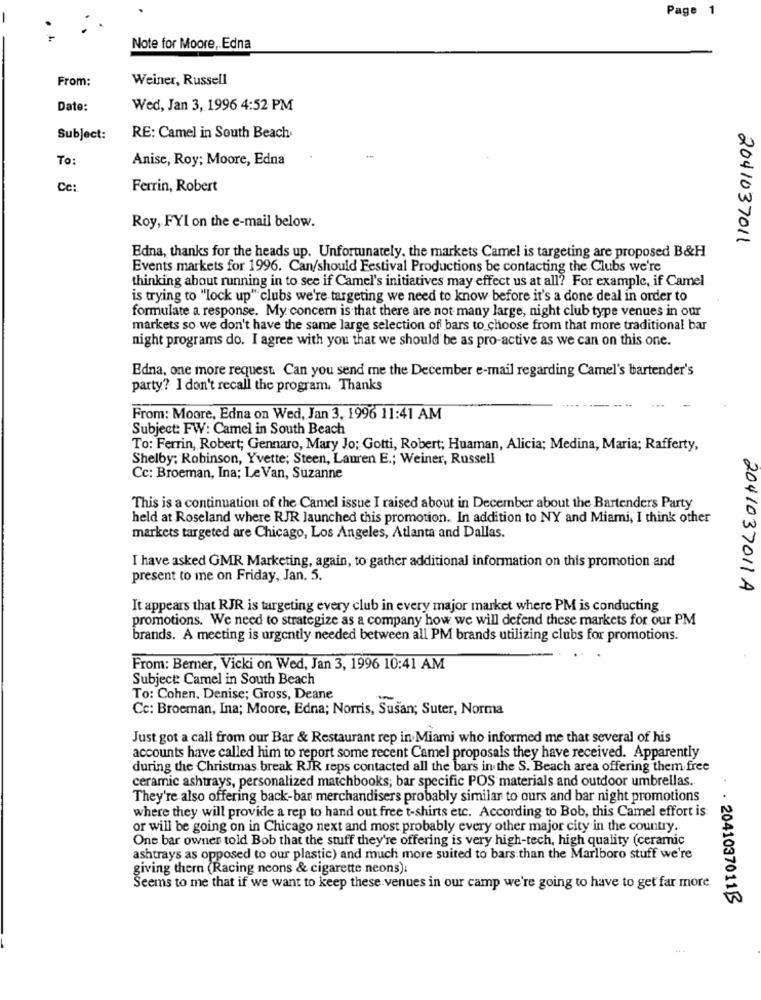
Page 1
Note for Moore, Edna
From:
Weiner, Russell
Date:
Wed, Jan 3, 1996 4:52 PM
Subject:
RE: Camel in South Beach
To:
Anise, Roy; Moore, Edna
Cc:
Ferrin, Robert
Roy, FYI on the e-mail below.
2041037011
Edna, thanks for the heads up. Unfortunately, the markets Camel is targeting are proposed B&H
Events markets for 1996. Can/should Festival Productions be contacting the Clubs we're
thinking about running in to see if Camel's initiatives may effect us at all? For example, if Camel
is trying to "lock up" clubs we're targeting we need to know before it's a done deal in order to
formulate a response. My concern is that there are not many large, night club type venues in our
markets so we don't have the same large selection of bars to choose from that more traditional bar
night programs do. I agree with you that we should be as pro-active as we can on this one.
Edna, one more request. Can you send me the December e-mail regarding Camel's bartender's
party? I don't recall the program. Thanks
From: Moore, Edna on Wed, Jan 3, 1996 11:41 AM
Subject: FW: Camel in South Beach
To: Ferrin, Robert; Gennaro, Mary Jo; Gotti, Robert; Huaman, Alicia; Medina, Maria; Rafferty,
Shelby; Robinson, Yvette; Steen, Lauren E .; Weiner, Russell
Cc: Broeman, Ina; Le Van, Suzanne
This is a continuation of the Camel issue I raised about in December about the Bartenders Party
held at Roseland where RJR launched this promotion. In addition to NY and Miami, I think other
markets targeted are Chicago, Los Angeles, Atlanta and Dallas.
I have asked GMR Marketing, again, to gather additional information on this promotion and
present to me on Friday, Jan. 5.
2041037011A
It appears that RJR is targeting every club in every major market where PM is conducting
promotions. We need to strategize as a company how we will defend these markets for our PM
brands. A meeting is urgently needed between all PM brands utilizing clubs for promotions.
From: Berner, Vicki on Wed, Jan 3, 1996 10:41 AM
Subject: Camel in South Beach
To: Cohen, Denise; Gross, Deane
Cc: Broeman, Ina; Moore, Edna; Norris, Susan; Suter, Norma
Just got a call from our Bar & Restaurant rep in Miami who informed me that several of his
accounts have called him to report some recent Camel proposals they have received. Apparently
during the Christmas break RJR reps contacted all the bars in the S. Beach area offering them free
ceramic ashtrays, personalized matchbooks; bar specific POS materials and outdoor umbrellas.
They're also offering back-bar merchandisers probably similar to ours and bar night promotions
where they will provide a rep to hand out free t-shirts etc. According to Bob, this Camel effort is
or will be going on in Chicago next and most probably every other major city in the country ..
One bar owner told Bob that the stuff they're offering is very high-tech, high quality (ceramic
ashtrays as opposed to our plastic) and much more suited to bars than the Marlboro stuff we're
giving thern (Racing neons & cigarette neons)
Seems to me that if we want to keep these venues in our camp we're going to have to get far more
· · 20410370113